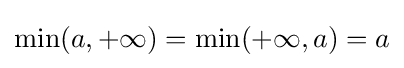
\min(a,+\infty )=\min(+\infty ,a)=a